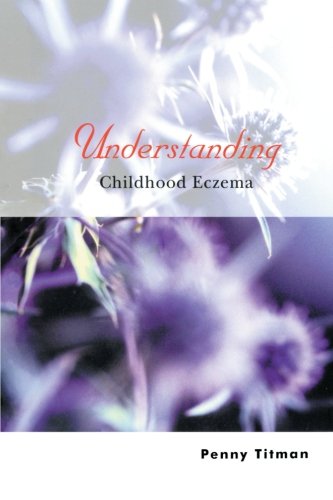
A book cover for Understanding Childhood Eczema; Penny Titman; Health, Fitness & Dieting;